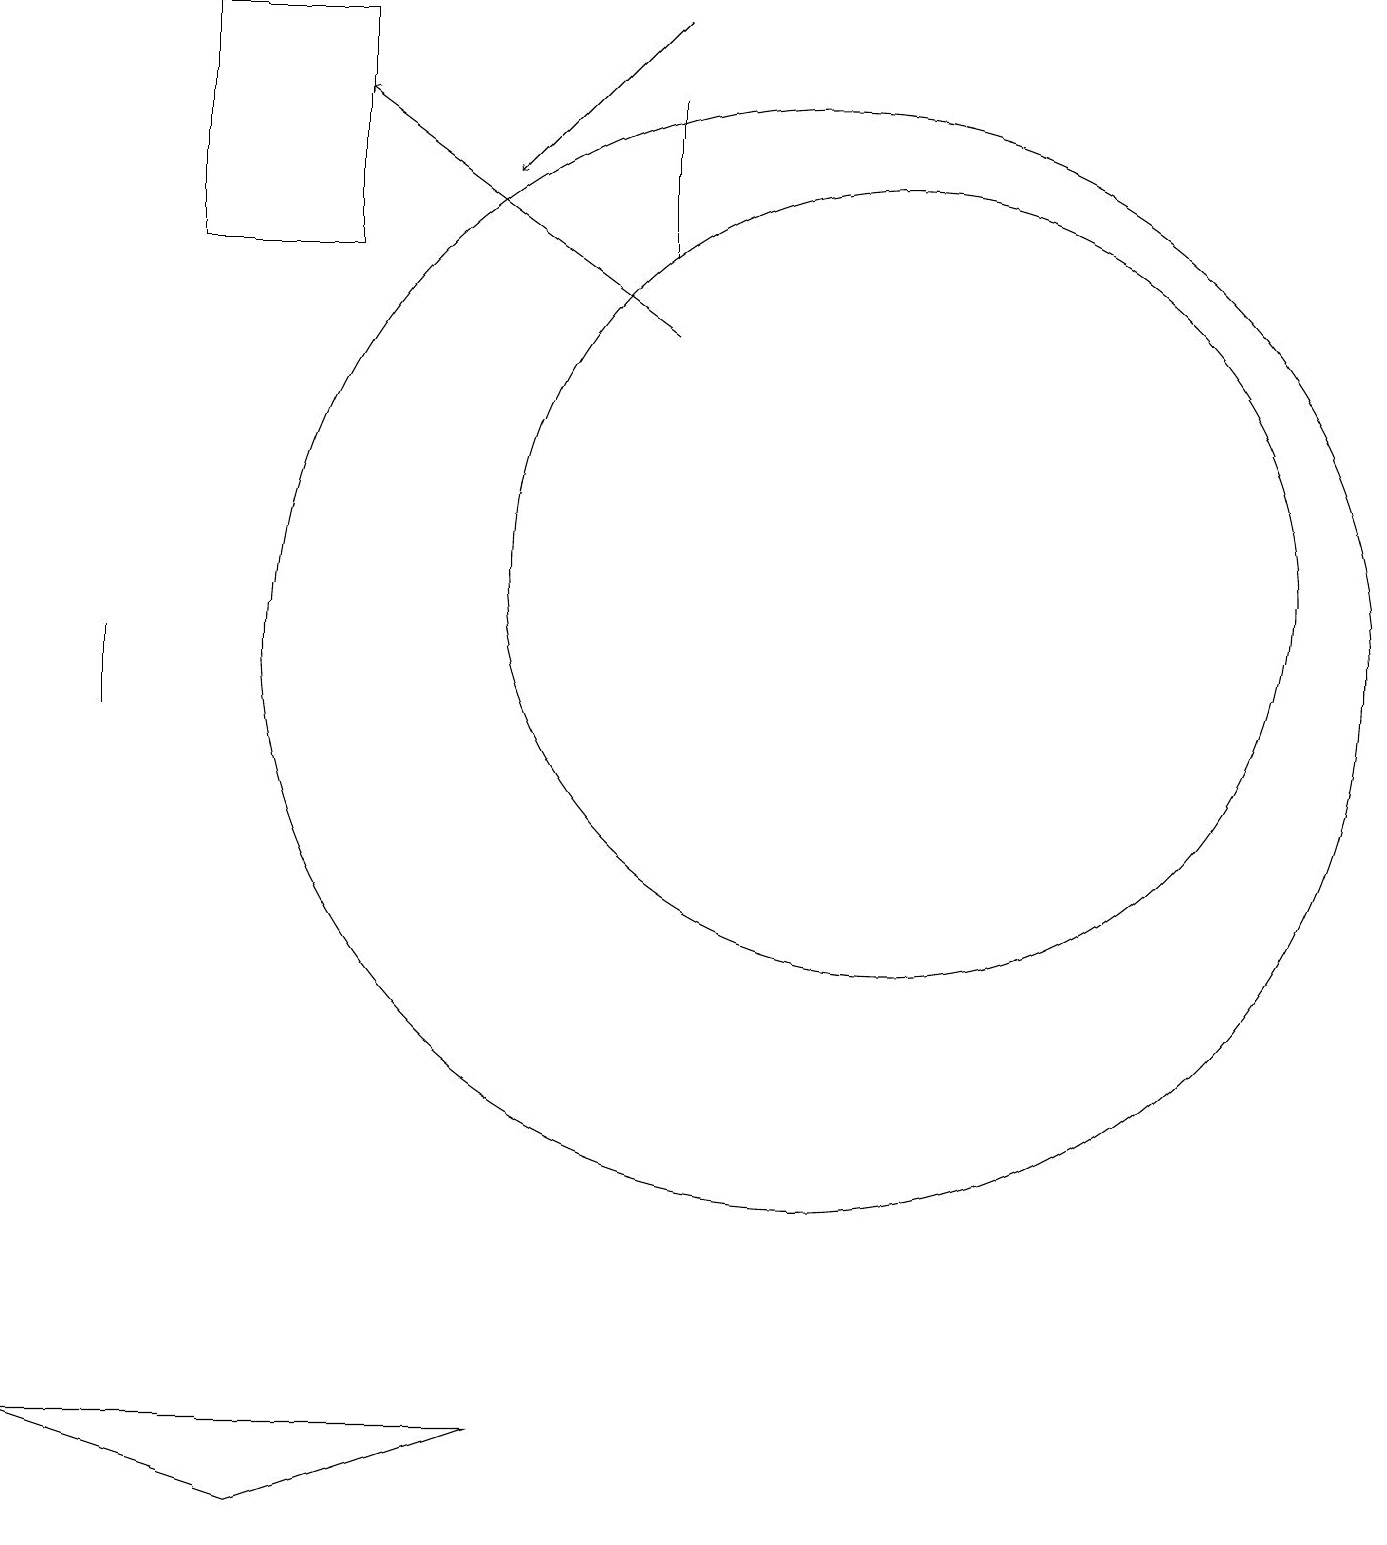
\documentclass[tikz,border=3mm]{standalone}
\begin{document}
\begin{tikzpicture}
\draw (1,1) -- (7,1) -- (4,0) -- cycle;
\draw (2,11) rectangle (2,10);
\draw (5,16) rectangle (3,19);
\draw (12,12) circle (5);
\draw (11,11) circle (7);
\draw[->] (9,19) -- (7,17);
\draw (9,16) rectangle (9,18);
\draw[->] (9,15) -- (5,18);
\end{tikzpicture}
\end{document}